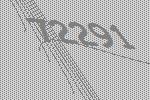
72291